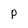
Character: P